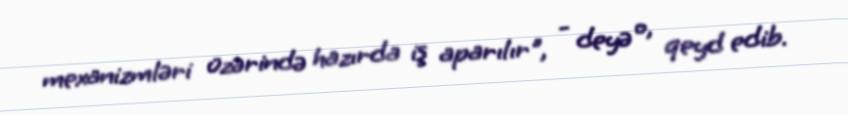
mexanizmləri üzərində hazırda iş aparılır", - deyə o, qeyd edib.